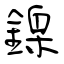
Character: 鎳